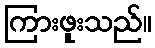
ကြားဖူးသည်။